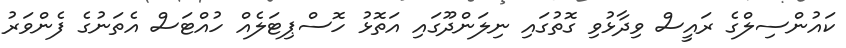
ކައުންސިލްގެ ރައީސް ވިދާޅުވި ގޮތުގައި ނިލަންދޫގައި އަތޮޅު ހޮސްޕިޓަލެއް ހުއްޓަސް އެތަނުގެ ފެންވަރު